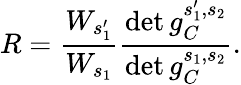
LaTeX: R=\frac{W_{s_{1}^{\prime}}}{W_{s_{1}}}\frac{\operatorname*{det}g_{C}^{s_{1}^{\prime},s_{2}}}{\operatorname*{det}g_{C}^{s_{1},s_{2}}}.